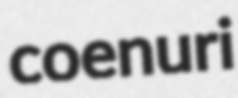
coenuri